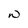
Character: W